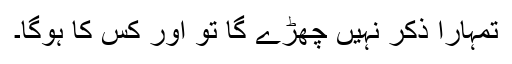
تمہارا ذکر نہیں چھڑے گا تو اور کس کا ہوگا۔